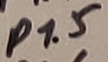
Text: P1.5